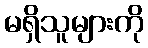
မရှိသူများကို